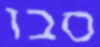
סבו